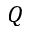
Q